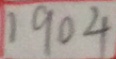
1 9 0 4